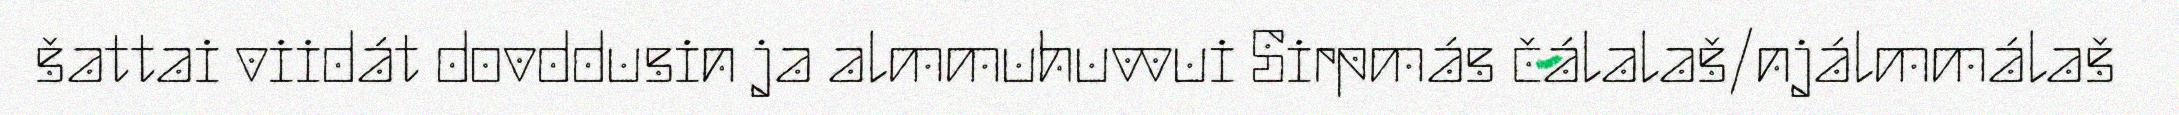
šattai viidát dovddusin ja almmuhuvvui Sirpmás čálalaš/njálmmálaš